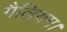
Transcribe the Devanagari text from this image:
गैलियम।